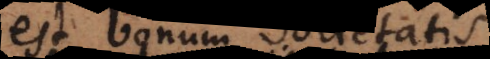
est bonum societatis